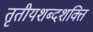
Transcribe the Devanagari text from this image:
तृतीयशब्दशक्ति